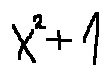
x ^ { 2 } + 1